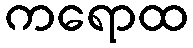
ကရောထ